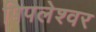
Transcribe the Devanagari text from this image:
पिपलेश्वर